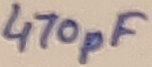
Text: 470pF